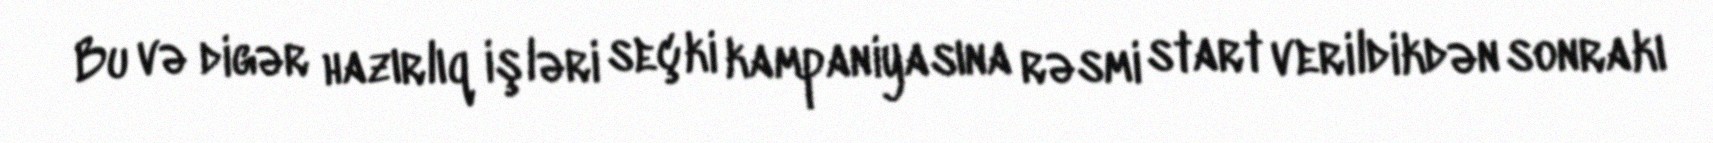
Bu və digər hazırlıq işləri seçki kampaniyasına rəsmi start verildikdən sonrakı